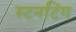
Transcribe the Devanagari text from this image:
स्टनटिंग